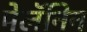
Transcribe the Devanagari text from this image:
मेलॅनिन